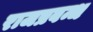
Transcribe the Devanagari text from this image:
राजप्रबन्ध